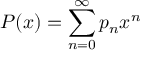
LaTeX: P ( x ) = \sum _ { n = 0 } ^ { \infty } p _ { n } x ^ { n }